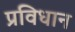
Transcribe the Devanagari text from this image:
प्रविधान